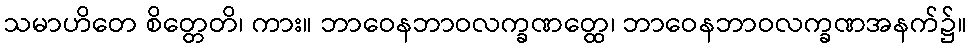
သမာဟိတေ စိတ္တေတိ၊ ကား။ ဘာဝေနဘာဝလက္ခဏတ္ထေ၊ ဘာဝေနဘာဝလက္ခဏအနက်၌။